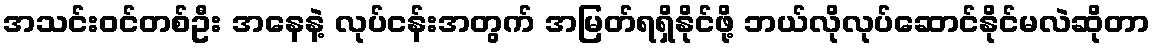
အသင်း၀င်တစ်ဦး အနေနဲ့ လုပ်ငန်းအတွက် အမြတ်ရရှိနိုင်ဖို့ ဘယ်လိုလုပ်ဆောင်နိုင်မလဲဆိုတာ